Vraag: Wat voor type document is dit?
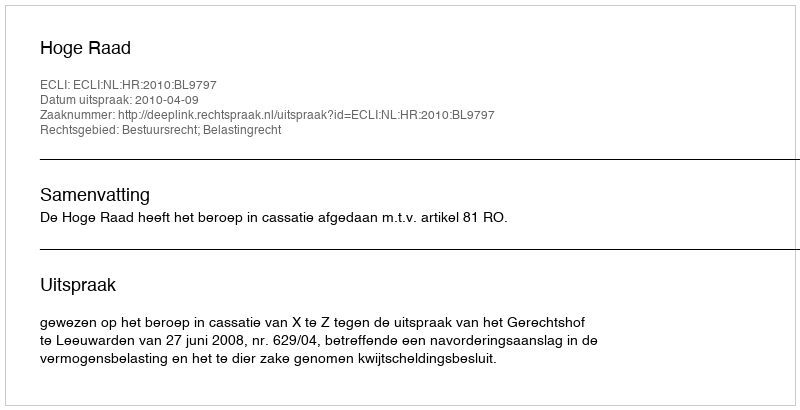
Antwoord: Uitspraak